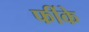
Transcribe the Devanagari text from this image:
फींके